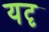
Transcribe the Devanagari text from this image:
यदृ